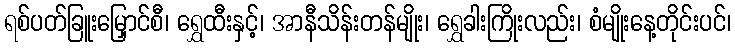
ရစ်ပတ်ခြူးမြှောင်စီ၊ ရွှေထီးနှင့်၊ အာနီသိန်းတန်မျိုး၊ ရွှေခါးကြိုးလည်း၊ စံမျိုးနေ့တိုင်းပင်၊